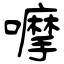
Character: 嚤